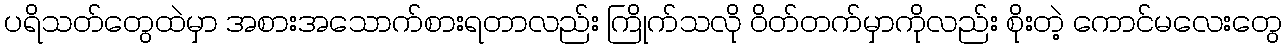
ပရိသတ်တွေထဲမှာ အစားအသောက်စားရတာလည်း ကြိုက်သလို ဝိတ်တက်မှာကိုလည်း စိုးတဲ့ ကောင်မလေးတွေ